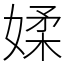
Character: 媃